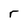
Character: r